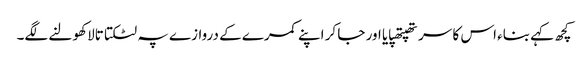
کچھ کہے بناء اس کا سر تھپتھپایا اور جا کر اپنے کمرے کے دروازے پہ لٹکتا تالا کھولنے لگے۔